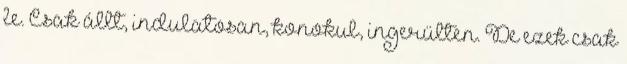
le. Csak állt, indulatosan, konokul, ingerülten. De ezek csak